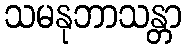
သမနုဘာသန္တာ